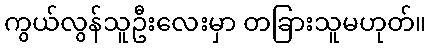
ကွယ်လွန်သူဦးလေးမှာ တခြားသူမဟုတ်။